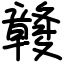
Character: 竷